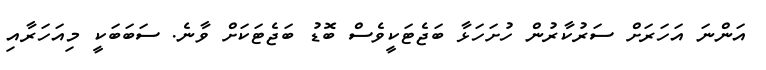
އަންނަ އަހަރަށް ސަރުކާރުން ހުށަހަޅާ ބަޖެޓަކީވެސް ބޮޑު ބަޖެޓަކަށް ވާނެ. ސަބަބަކީ މިއަހަރާއި